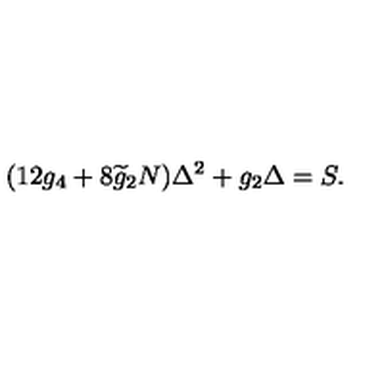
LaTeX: ( 1 2 g _ { 4 } + 8 \widetilde { g } _ { 2 } N ) \Delta ^ { 2 } + g _ { 2 } \Delta = S .